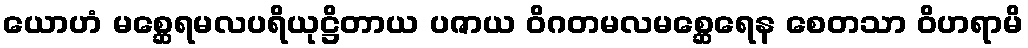
ယောဟံ မစ္ဆေရမလပရိယုဋ္ဌိတာယ ပဇာယ ဝိဂတမလမစ္ဆေရေန စေတသာ ဝိဟရာမိ